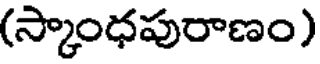
(స్కాంధపురాణం)